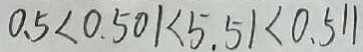
0 . 5 < 0 . 5 0 1 < 5 . 5 1 < 0 . 5 1 1